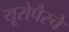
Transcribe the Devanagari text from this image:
यूरोपैस्चे